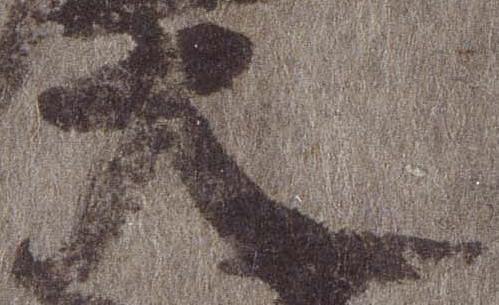
大